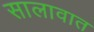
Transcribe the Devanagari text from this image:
सालावात